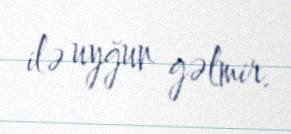
ilə uyğun gəlmir.